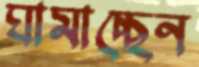
ঘামাচ্ছেন